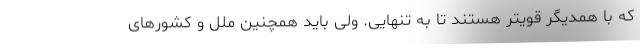
که با همدیگر قویتر هستند تا به تنهایی. ولی باید همچنین ملل و کشورهای